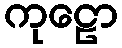
ကုဠော